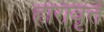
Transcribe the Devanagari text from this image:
होरावृत्ते